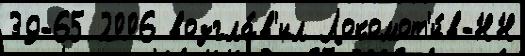
39-65 2006 возгла́в'ил Локомот'и́в-НН